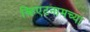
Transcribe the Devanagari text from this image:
व्हिएटनामच्या